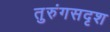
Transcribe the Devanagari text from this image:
तुरुंगसदृश